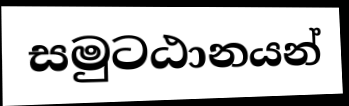
සමුටඨානයන්